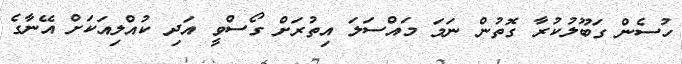
ހުސެން ގަބޫލުކުރާ ގޮތުން ނަމަ މައްސަލަ އިތުރަށް ގޯސްވީ އަދި ކުއްލިއަކަށް އޭނާގެ